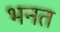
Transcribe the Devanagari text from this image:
भनत